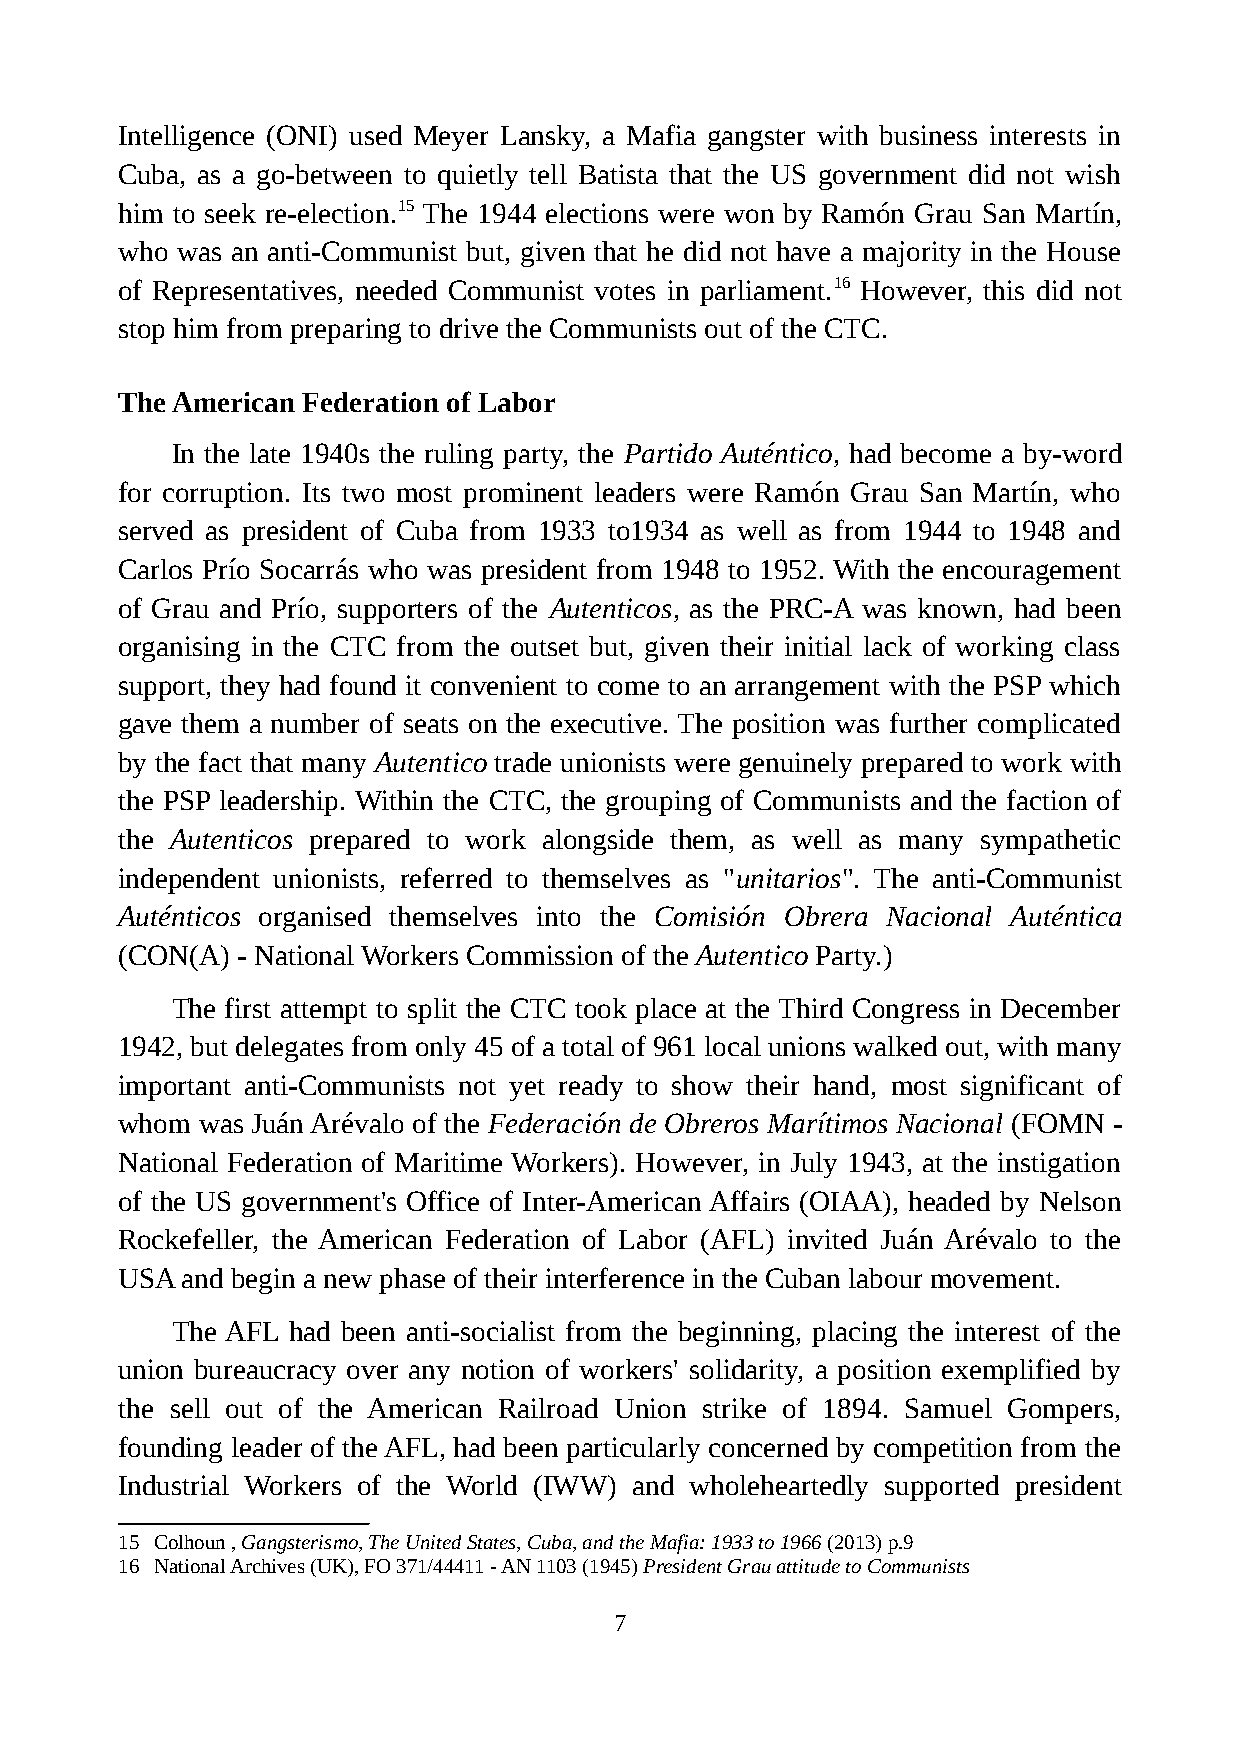
Intelligence (ONI) used Meyer Lansky, a Mafia gangster with business interests in
 Cuba, as a go-between to quietly tell Batista that the US government did not wish
 him to seek re-election.15 The 1944 elections were won by Ramón Grau San Martín,
 who was an anti-Communist but, given that he did not have a majority in the House
 of Representatives, needed Communist votes in parliament.16 However, this did not
 stop him from preparing to drive the Communists out of the CTC.
 The American Federation of Labor
 In the late 1940s the ruling party, the Partido Auténtico, had become a by-word
 for corruption. Its two most prominent leaders were Ramón Grau San Martín, who
 served as president of Cuba from 1933 to1934 as well as from 1944 to 1948 and
 Carlos Prío Socarrás who was president from 1948 to 1952. With the encouragement
 of Grau and Prío, supporters of the Autenticos, as the PRC-A was known, had been
 organising in the CTC from the outset but, given their initial lack of working class
 support, they had found it convenient to come to an arrangement with the PSP which
 gave them a number of seats on the executive. The position was further complicated
 by the fact that many Autentico trade unionists were genuinely prepared to work with
 the PSP leadership. Within the CTC, the grouping of Communists and the faction of
 the Autenticos prepared to work alongside them, as well as many sympathetic
 independent unionists, referred to themselves as "unitarios". The anti-Communist
 Auténticos organised themselves into the Comisión Obrera Nacional Auténtica
 (CON(A) - National Workers Commission of the Autentico Party.)
 The first attempt to split the CTC took place at the Third Congress in December
 1942, but delegates from only 45 of a total of 961 local unions walked out, with many
 important anti-Communists not yet ready to show their hand, most significant of
 whom was Juán Arévalo of the Federación de Obreros Marítimos Nacional (FOMN -
 National Federation of Maritime Workers). However, in July 1943, at the instigation
 of the US government's Office of Inter-American Affairs (OIAA), headed by Nelson
 Rockefeller, the American Federation of Labor (AFL) invited Juán Arévalo to the
 USA and begin a new phase of their interference in the Cuban labour movement.
 The AFL had been anti-socialist from the beginning, placing the interest of the
 union bureaucracy over any notion of workers' solidarity, a position exemplified by
 the sell out of the American Railroad Union strike of 1894. Samuel Gompers,
 founding leader of the AFL, had been particularly concerned by competition from the
 Industrial Workers of the World (IWW) and wholeheartedly supported president
 15 Colhoun , Gangsterismo, The United States, Cuba, and the Mafia: 1933 to 1966 (2013) p.9
 16 National Archives (UK), FO 371/44411 - AN 1103 (1945) President Grau attitude to Communists
 7